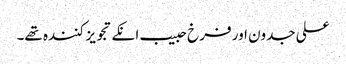
علی جدون اور فرخ حبیب انکے تجویز کنندہ تھے۔